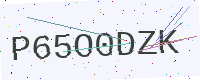
Text: P65O0DZK